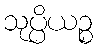
သုပ္ပိယဉ္စ